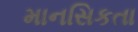
માનસિકતા